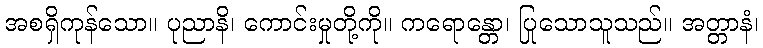
အစရှိကုန်သော။ ပုညာနိ၊ ကောင်းမှုတို့ကို။ ကရောန္တော၊ ပြုသောသူသည်။ အတ္တာနံ၊